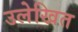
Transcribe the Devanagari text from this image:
उलेखित